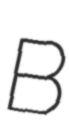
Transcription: B